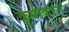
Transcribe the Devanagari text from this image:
कृपाकरः।